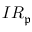
I R _ { \mathfrak { p } }